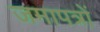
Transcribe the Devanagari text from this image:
जमापत्रों